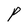
Character: P